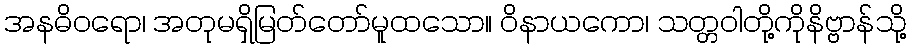
အနဓိဝရော၊ အတုမရှိမြတ်တော်မူထသော။ ဝိနာယကော၊ သတ္တဝါတို့ကိုနိဗ္ဗာန်သို့